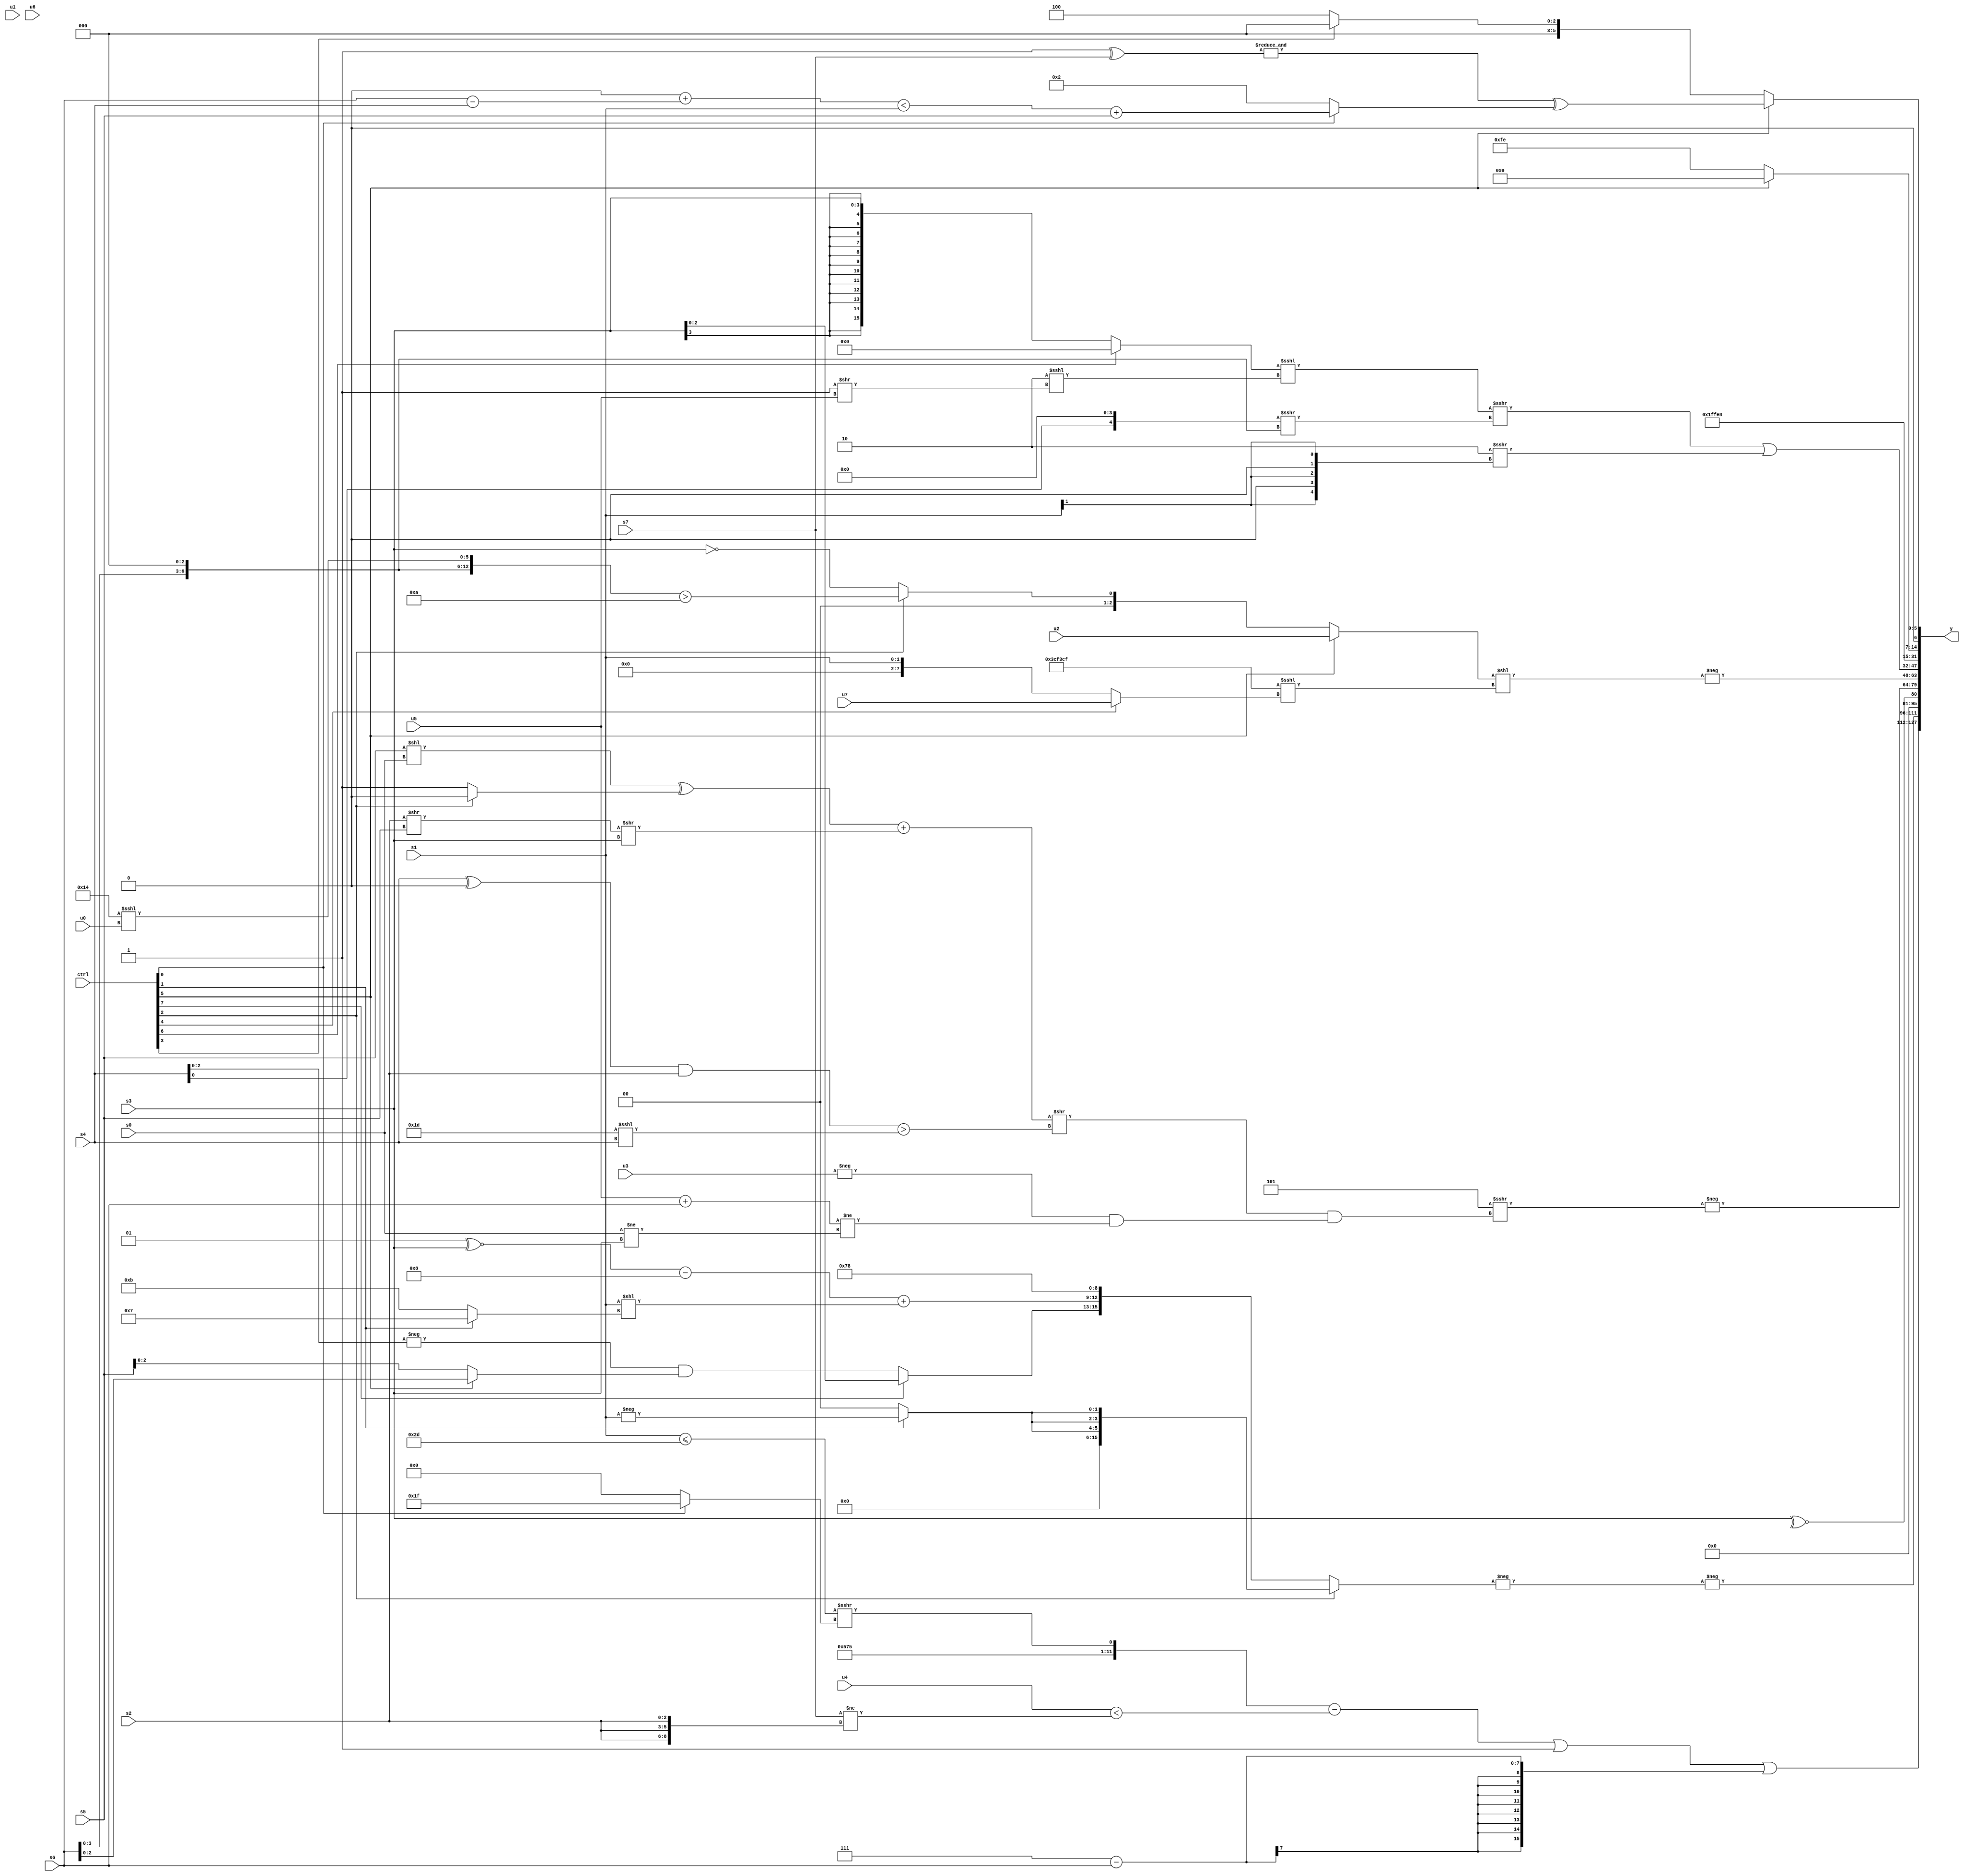
module wideexpr_00036(ctrl, u0, u1, u2, u3, u4, u5, u6, u7, s0, s1, s2, s3, s4, s5, s6, s7, y);
  input [7:0] ctrl;
  input [0:0] u0;
  input [1:0] u1;
  input [2:0] u2;
  input [3:0] u3;
  input [4:0] u4;
  input [5:0] u5;
  input [6:0] u6;
  input [7:0] u7;
  input signed [0:0] s0;
  input signed [1:0] s1;
  input signed [2:0] s2;
  input signed [3:0] s3;
  input signed [4:0] s4;
  input signed [5:0] s5;
  input signed [6:0] s6;
  input signed [7:0] s7;
  output [127:0] y;
  wire [15:0] y0;
  wire [15:0] y1;
  wire [15:0] y2;
  wire [15:0] y3;
  wire [15:0] y4;
  wire [15:0] y5;
  wire [15:0] y6;
  wire [15:0] y7;
  assign y = {y0,y1,y2,y3,y4,y5,y6,y7};
  assign y0 = (($signed(({6'sb010101,1'sb1,+(5'b10101),((s1)<=(6'sb101101))>>>((ctrl[0]?(3'sb111)>>>(2'sb01):(ctrl[0]?5'sb10001:1'sb0)))})-(({1{u4}})<((s7)!=($signed({3{s2}}))))))|(1'b1))|(($signed(4'b0111))-(s6));
  assign y1 = -($unsigned(-((ctrl[2]?{3{(ctrl[1]?-(s1):1'sb0)}}:{(3'sb111)==(((s5)+(+(s5)))|((2'sb00)<<<((ctrl[2]?s0:s5)))),$signed(((1'sb0)<<<(+(s2)))|(1'b0)),(ctrl[7]?$signed($signed(s3)):(ctrl[2]?s0:(-(s4))&((ctrl[5]?s6:s5)))),{(((3'sb001)^~(s3))-(4'sb1000))+((s1)<<((ctrl[1]?3'b111:4'sb1011))),$signed(+(-(4'sb1101))),5'sb11000}}))));
  assign y2 = ~^(s3);
  assign y3 = -((5'sb11101)>>>((((((s5)<<(s0))^((ctrl[2]?1'sb0:1'sb1)))+(((s2)>>(s5))>>($signed(s3))))>>((((s4)^(1'sb0))&($signed(s2)))>((-(2'b11))<<<(s4))))&(($signed(-(u3)))&($signed(((u5)+(s6))!=((s0)!=(s3)))))));
  assign y4 = -({((ctrl[5]?u2:(ctrl[2]?($signed({(4'sb1001)>>>(3'sb100),(s6)<<<(2'sb11),(6'sb010100)<<<(u0)}))>(5'sb11010):!(s3))))<<(+(($signed({4{-(6'b110001)}}))<<<((ctrl[4]?+(u7):+(s1)))))});
  assign y5 = ((((ctrl[6]?4'sb0000:$signed(s3)))<<<(($signed((5'sb10011)>>>(2'sb11)))<<<(((3'sb011)^(4'sb1100))>>($signed(u5)))))>>>(+((($signed(s4))<<(6'sb000100))>>>((+(s6))<<(3'b011)))))|((2'sb10)>>>({3{(s1)>>(1'sb1)}}));
  assign y6 = $signed(5'b10100);
  assign y7 = {+((ctrl[5]?2'sb00:(ctrl[5]?(ctrl[3]?$signed((ctrl[0]?$signed((ctrl[2]?s5:2'sb11)):s7)):(ctrl[4]?(ctrl[1]?$signed((ctrl[1]?s3:s5)):((s5)>>(5'b01111))<<<({4{3'b000}})):s4)):3'sb110))),($signed(~^(s0)))>>(1'sb1),{(ctrl[5]?(&(($signed(($unsigned(2'b01))>({2{1'b0}})))^(s7)))^((ctrl[0]?(((+(1'sb0))+((s6)-(s4)))<(s1))+(s5):{1{3'sb010}})):(ctrl[3]?^($signed(!($signed(+(6'sb010000))))):5'sb00100))}};
endmodule